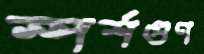
স্পর্শগুণ